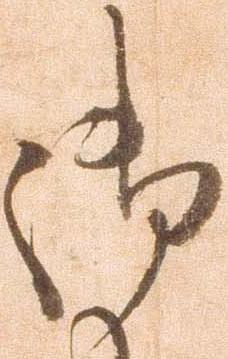
御